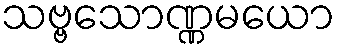
သဗ္ဗသောဏ္ဏမယော